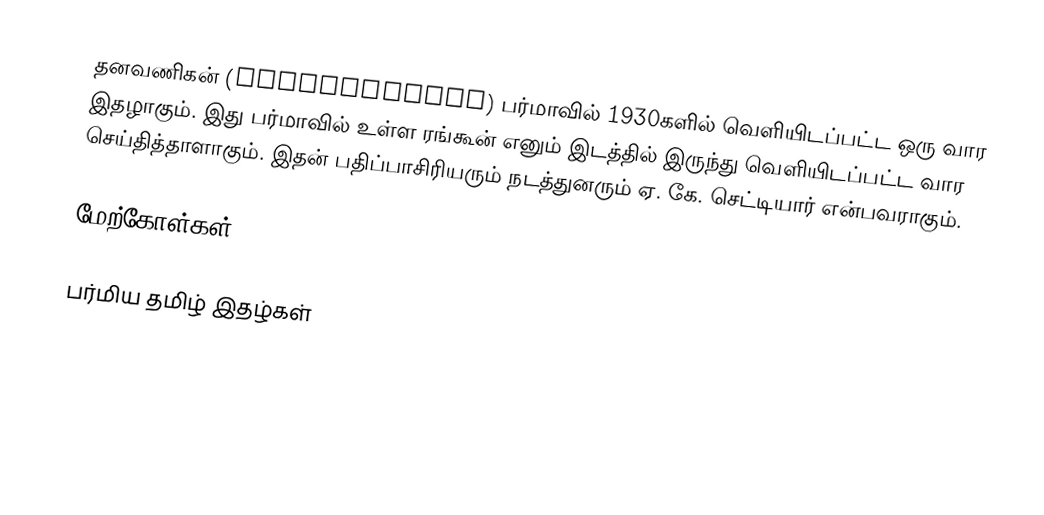
தனவணிகன் (Dhanavanigan) பர்மாவில் 1930களில் வெளியிடப்பட்ட ஒரு வார இதழாகும். இது பர்மாவில் உள்ள ரங்கூன் எனும் இடத்தில் இருந்து வெளியிடப்பட்ட வார செய்தித்தாளாகும். இதன் பதிப்பாசிரியரும் நடத்துனரும் ஏ. கே. செட்டியார் என்பவராகும்.

மேற்கோள்கள்

பர்மிய தமிழ் இதழ்கள்